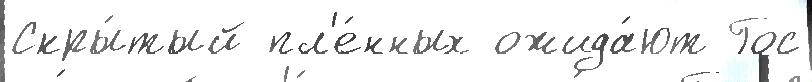
Скры́тый пл'е́нных ожида́ют Гос